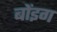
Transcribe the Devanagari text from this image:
बोंइग